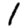
Digit: 1